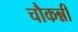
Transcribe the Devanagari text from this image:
चौकन्नी